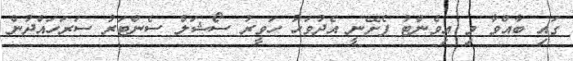
ގައި ބާއްވާ މި އިވެންޓު ފެށޭނީ އެދުވަހު ހަވީރު ސޯޝަލް ސެންޓަރު ސަރަހައްދުން